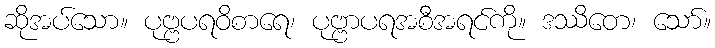
ဆိုအပ်သော။ ပုဗ္ဗပရဝိစာရေ၊ ပုဗ္ဗာပရအစီအရင်ကို။ ဒဿိတေ၊ သော်။